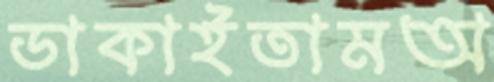
ডাকাইতামঅ